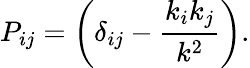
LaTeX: P_{ij}=\biggl(\delta_{ij}-\frac{k_{i}k_{j}}{k^{2}}\biggr).